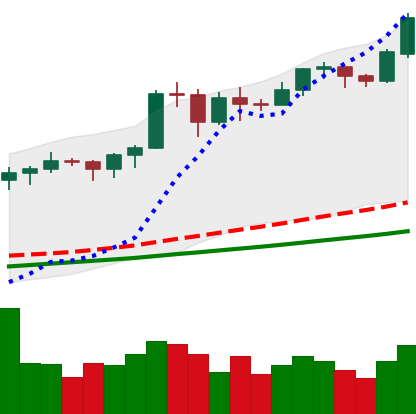
Ticker: BTC-USD
Chart end date: 2020-11-17
Forward return: 4.106%
Label: up_3_5